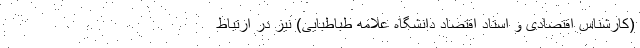
(کارشناس اقتصادی و استاد اقتصاد دانشگاه علامه طباطبایی) نیز در ارتباط